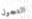
التجول